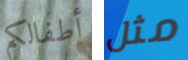
أطفالكم مثل